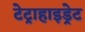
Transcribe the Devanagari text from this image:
टेट्राहाइड्रेट